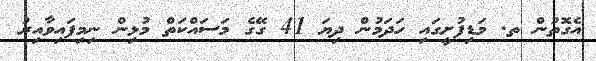
އެގޮތުން ތ. މަޑިފުށީގައި ހަދަމުން ދިޔަ 41 ގޭގެ މަސައްކަތް މުޅިން ނިމިފައިވާއިރު